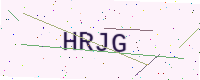
Text: HRJG